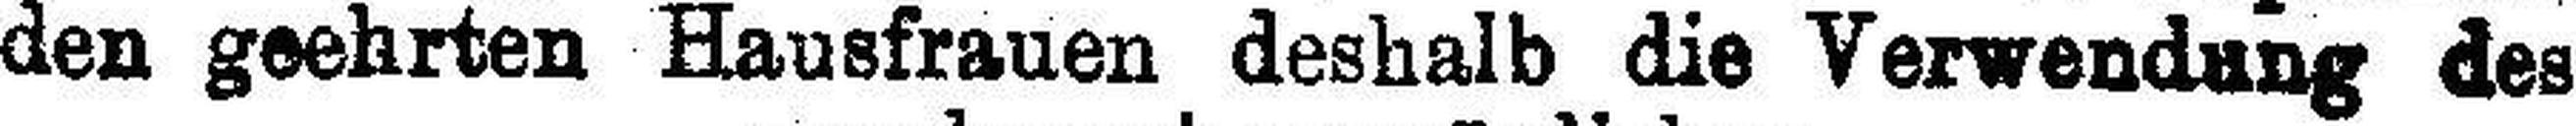
den geehrten Hausfrauen deshalb die Verwendung des